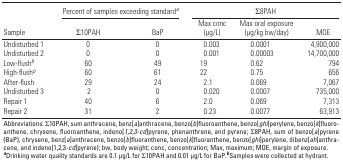
| <ROWSPAN=2> Sample | <COLSPAN=2> Percent of samples exceeding standarda | <COLSPAN=3> Σ8PAH |
 | Σ10PAH | BaP | Max conc (μg/L) | Max oral exposure (μg/kg bw/day) | MOE |
 | --- | --- | --- | --- | --- | --- |
 | Undisturbed 1 | 0 | 0 | 0.003 | 0.0001 | 4,900,000 |
 | Undisturbed 2 | 0 | 0 | 0.001 | 0.00003 | 14,700,000 |
 | Low-flushb | 60 | 49 | 19 | 0.62 | 794 |
 | High-flushb | 60 | 61 | 22 | 0.75 | 656 |
 | After-flush | 29 | 24 | 2.1 | 0.069 | 7,067 |
 | Undisturbed 3 | 2 | 0 | 0.020 | 0.0007 | 735,000 |
 | Repair 1 | 40 | 6 | 2.0 | 0.069 | 7,313 |
 | Repair 2 | 31 | 2 | 0.23 | 0.0077 | 63,913 |
 | <COLSPAN=6> Abbreviations: Σ10PAH, sum anthracene, benz[a]anthracene,benzo[b]fluoroanthene, benzo[ghi]perylene, benzo[k]fluoroanthene,chrysene, fluoroanthene, indeno[1,2,3-cd]pyrene, phenanthrene, andpyrene; Σ8PAH, sum of benzo[a]pyrene (BaP), chrysene, benz[a]anthracene,benzo[b]fluoranthene, benzo[k]fluoranthene, benzo[ghi]perylene,dibenz[ah]anthracene, and indeno[1,2,3-cd]pyrene); bw, body weight;conc, concentration; Max, maximum; MOE, margin of exposure. aDrinkingwater quality standards are 0.1 μg/L for Σ10PAH and 0.01 μg/L forBaP.bSamples were collected at hydrant. |